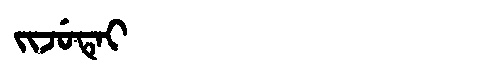
Manchu: ᠵᡳᠵᡠᡨᡝᡳ
Romanization: JIJUTEI